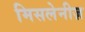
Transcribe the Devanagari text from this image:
मिसलेनीज़